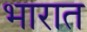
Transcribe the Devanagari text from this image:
भारात